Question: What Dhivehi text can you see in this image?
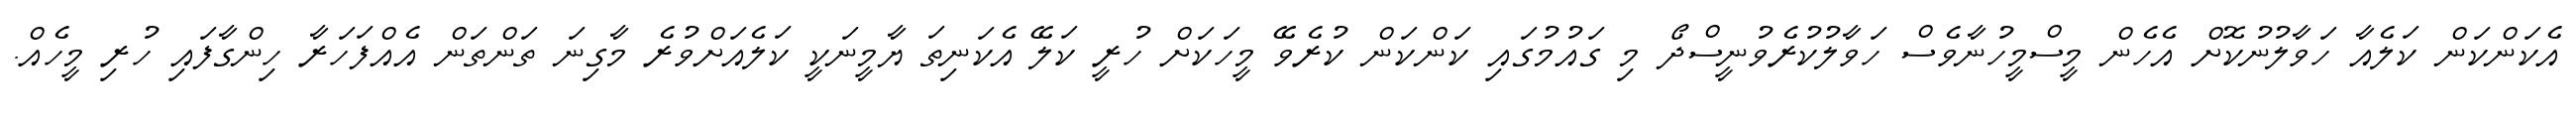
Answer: އެކަންކަން ކަލެއާ ހަވާލުނުކޮށް އެހެން މީސްމީހުނާވެސް ހަވާލުކުރެވުނީސްދޯ މި ގައުމުގައި ކަންކަން ކުރެވޭ މީހަކަށް ހުރީ ކަލޭ އެކަނިތަ ޔާމީނަކީ ކަލެއަށްވުރެ މާގިނަ ތަންތަން އެއްފަހަރާ ހިންގާފައި ހުރި މީހެއް.